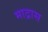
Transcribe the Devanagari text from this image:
माद्रास